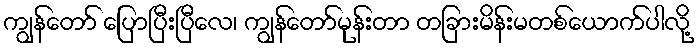
ကျွန်တော် ပြောပြီးပြီလေ၊ ကျွန်တော်မုန်းတာ တခြားမိန်းမတစ်ယောက်ပါလို့